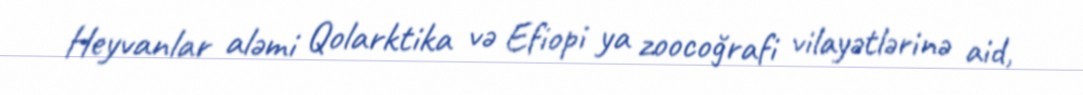
Heyvanlar aləmi Qolarktika və Efiopi ya zoocoğrafi vilayətlərinə aid,